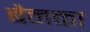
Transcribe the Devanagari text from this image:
बैनका